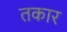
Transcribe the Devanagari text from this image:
तकार